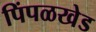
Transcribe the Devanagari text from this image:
पिंपळखेड